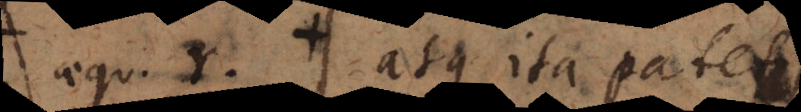
aequ. r, atque ita patet